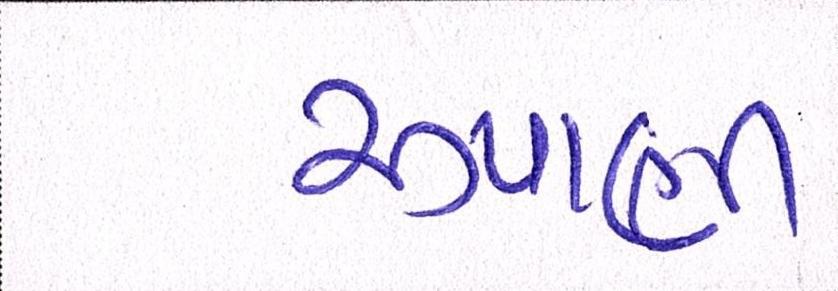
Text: રુપાણી